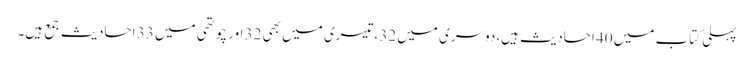
پہلی کتاب میں 40 احادیث ہیں،دوسری میں 32،تیسری میں بھی 32 اور چوتھی میں 33 احادیث جمع ہیں۔